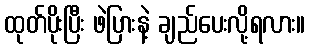
ထုတ်ပိုးပြီး ဖဲပြားနဲ့ ချည်ပေးလို့ရလား။